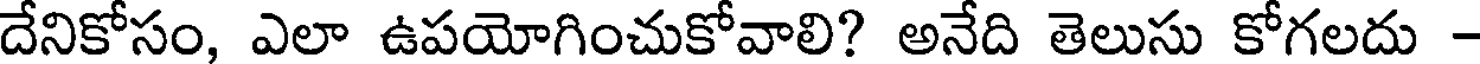
దేనికోసం, ఎలా ఉపయోగించుకోవాలి? అనేది తెలుసు కోగలదు -